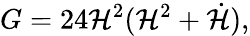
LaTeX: G=24\mathcal{H}^{2}(\mathcal{H}^{2}+\dot{{\mathcal{H}}}),